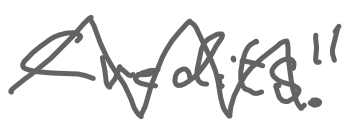
Text: Credits."
Cross-out: zig-zag
Writing tool: digital_gray